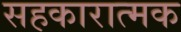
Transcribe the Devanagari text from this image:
सहकारात्मक